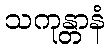
သကုန္တာနံ